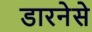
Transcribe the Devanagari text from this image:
डारनेसे